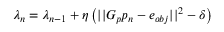
\lambda _ { n } = \lambda _ { n - 1 } + \eta \left( | | G _ { p } p _ { n } - e _ { o b j } | | ^ { 2 } - \delta \right)